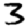
Digit: 3